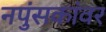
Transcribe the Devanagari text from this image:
नपुंसकांवर